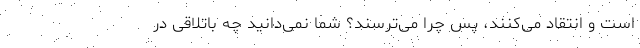
است و انتقاد می‌کنند، پس چرا می‌ترسند؟ شما نمی‌دانید چه باتلاقی در